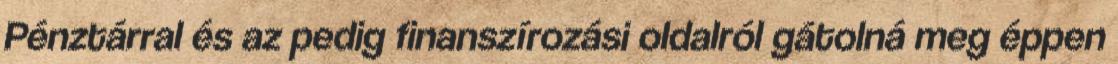
Pénztárral és az pedig finanszírozási oldalról gátolná meg éppen